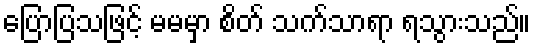
ပြောပြသဖြင့် မမမှာ စိတ် သက်သာရာ ရသွားသည်။